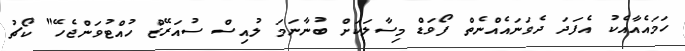
ހަމައެއާއެކު އެފަދަ ދެވަނައެއްނެތް ފޯވަޑް މިސާލަކަށް ބުނާނަމަ ލުއިސް ސުއަރޭޒް ހުއްޓުވަންޖެހޭ" ކޯޗު